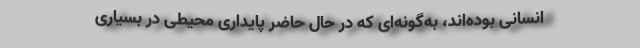
انسانی بوده‌اند، به‌گونه‌ای که در حال حاضر پایداری محیطی در بسیاری